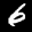
Label: 6